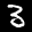
Label: 3